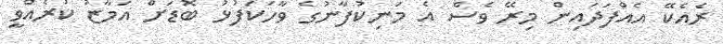
ރެއެކޭ އެއްފަދައިން މިރޭ ވެސް އެ މަނިކުފާނުގެ ވާހަކަފުޅު ބޮޑަށް އަމާޒު ކުރެއްވީ